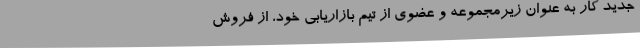
جدید کار به عنوان زیرمجموعه و عضوی از تیم بازاریابی خود، از فروش